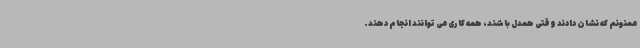
ممنونم که نشان دادند وقتی همدل باشند، همه کاری می توانند انجام دهند.